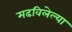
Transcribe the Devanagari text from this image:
मढविलेल्या